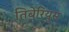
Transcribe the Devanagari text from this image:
तिबेरियुस